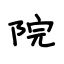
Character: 院